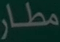
مطار